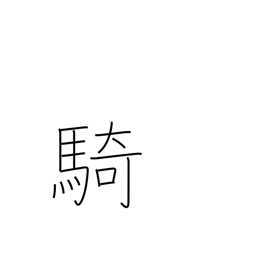
Meaning: counter for equestrians